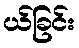
ယ်ခြင်း